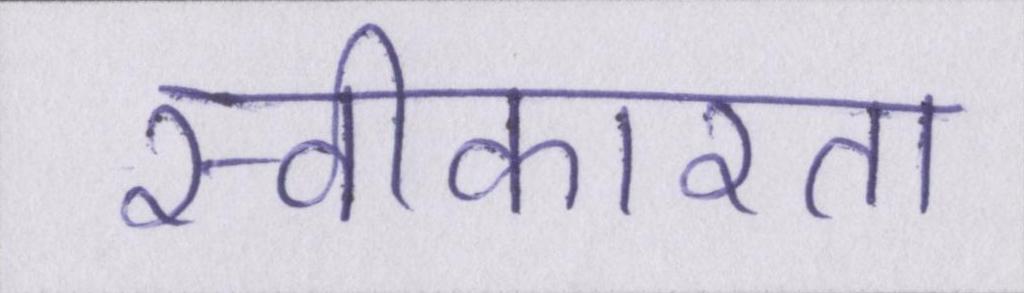
स्वीकारता